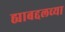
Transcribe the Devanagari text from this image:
ह्याबद्दलच्या